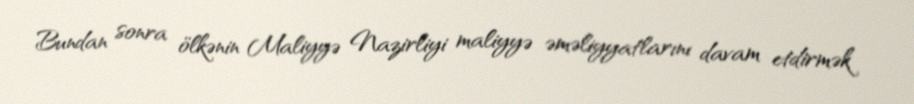
Bundan sonra ölkənin Maliyyə Nazirliyi maliyyə əməliyyatlarını davam etdirmək